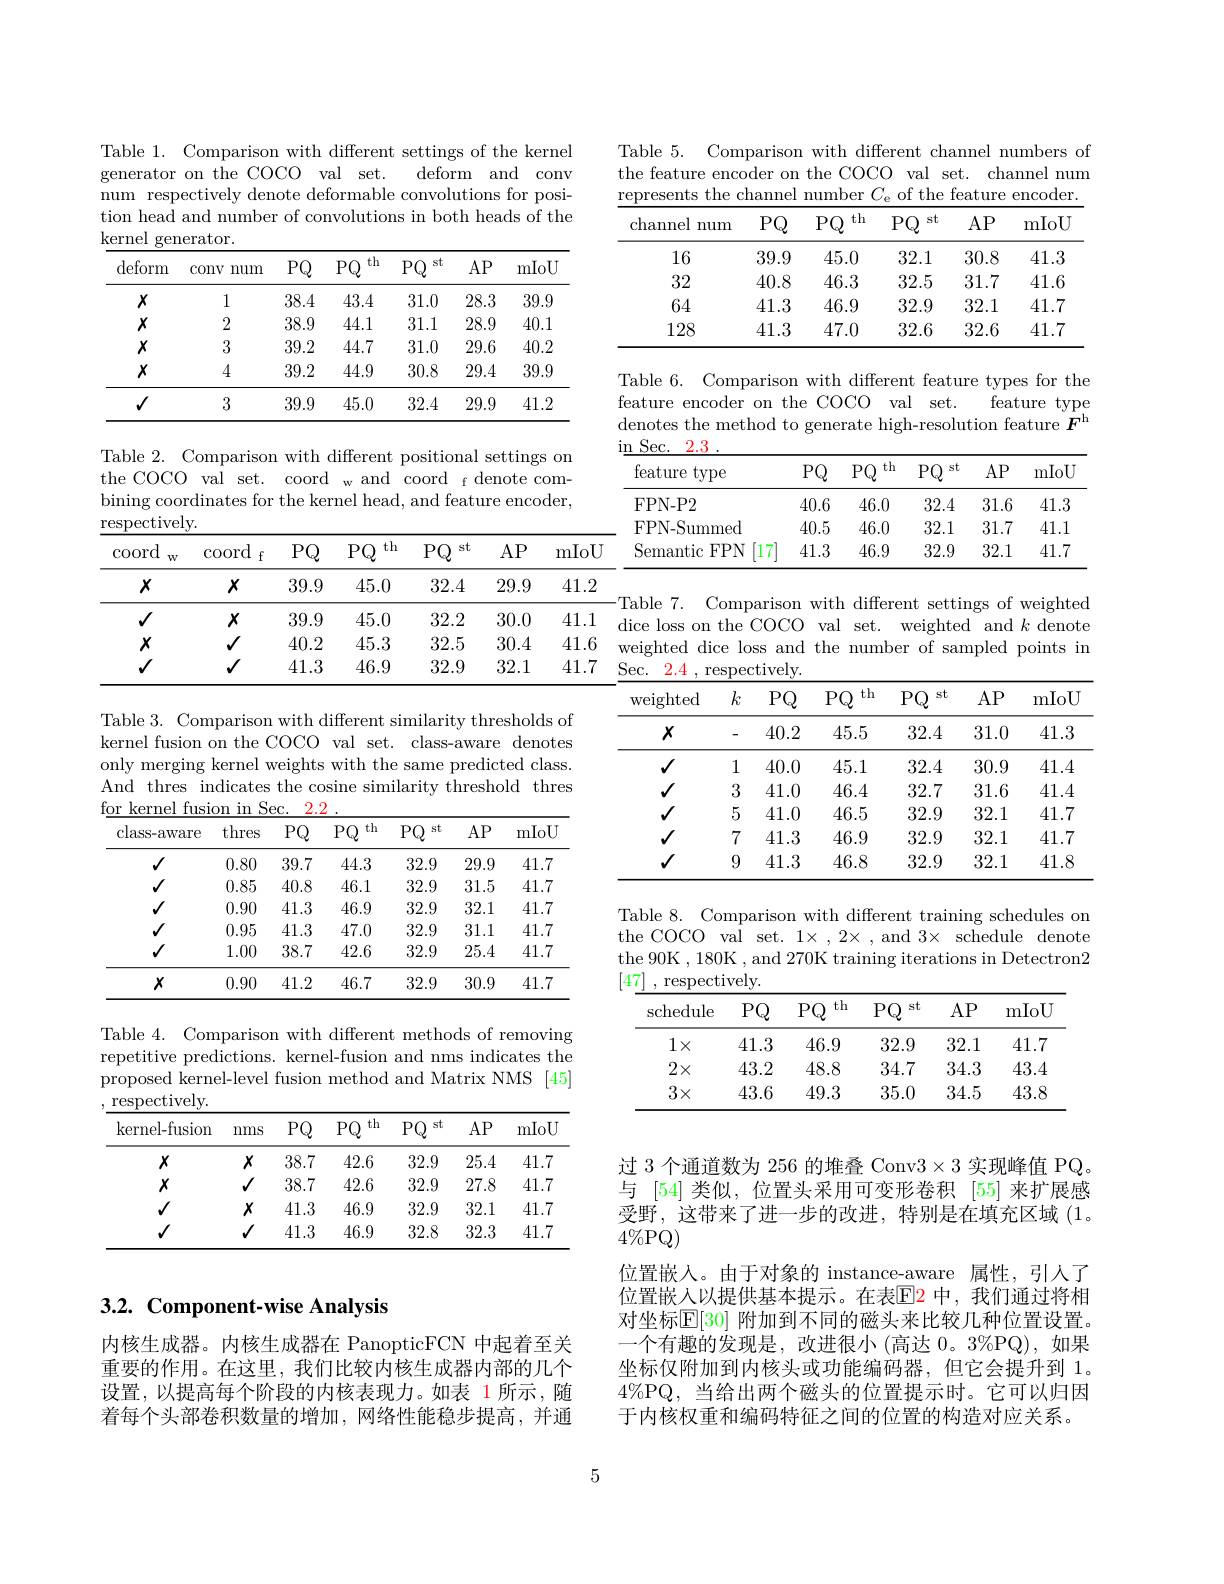
Table 1. Comparison with different settings of the kernel
$\bar{\text{deform}}$ and conv
generator on the COCO val set.
num respectively denote deformable convolutions for position head and number of convolutions in both heads of the kernel generator.

<table>
	<tbody>
		<tr>
			<th>deform</th>
			<th>conv num</th>
			<th>PQ</th>
			<th>th $PQ$</th>
			<th>$PQ$ st</th>
			<th>$AP$</th>
			<th>mIoU</th>
		</tr>
		<tr>
			<td>$X$</td>
			<td>1</td>
			<td>38.4</td>
			<td>43.4</td>
			<td>31.0</td>
			<td>28.3</td>
			<td>39.9</td>
		</tr>
		<tr>
			<td>$X$</td>
			<td>2</td>
			<td>38.9</td>
			<td>44.1</td>
			<td>31.1</td>
			<td>28.9</td>
			<td>40.1</td>
		</tr>
		<tr>
			<td>$X$</td>
			<td>3</td>
			<td>39.2</td>
			<td>44.7</td>
			<td>31.0</td>
			<td>29.6</td>
			<td>40.2</td>
		</tr>
		<tr>
			<td>$X$</td>
			<td>4</td>
			<td>39.2</td>
			<td>44.9</td>
			<td>30.8</td>
			<td>29.4</td>
			<td>39.9</td>
		</tr>
		<tr>
			<td>$√$</td>
			<td>3</td>
			<td>39.9</td>
			<td>45.0</td>
			<td>32.4</td>
			<td>29.9</td>
			<td>41.2</td>
		</tr>
	</tbody>
</table>

Table 2. Comparison with different positional settings on
<table>
	<tbody>
		<tr>
			<th colspan="7">the COCO val set. coord w and coord f denote com- bining coordinates for the kernel head, and feature encoder. $\operatorname{respectively}.$</th>
		</tr>
		<tr>
			<th>$\operatorname{coord}$ $W$</th>
			<th>coord $f$</th>
			<th>$PQ$</th>
			<th>$PQ$ th</th>
			<th>PQ st</th>
			<th>$AP$</th>
			<th>mIoU</th>
		</tr>
		<tr>
			<td>$X$</td>
			<td>$X$</td>
			<td>39.9</td>
			<td>45.0</td>
			<td>32.4</td>
			<td>29.9</td>
			<td>41.2</td>
		</tr>
		<tr>
			<td>$√$</td>
			<td>$X$</td>
			<td>39.9</td>
			<td>45.0</td>
			<td>32.2</td>
			<td>30.0</td>
			<td>41.1</td>
		</tr>
		<tr>
			<td>$X$</td>
			<td>$√$</td>
			<td>40.2</td>
			<td>45.3</td>
			<td>32.5</td>
			<td>30.4</td>
			<td>41.6</td>
		</tr>
		<tr>
			<td>$√$</td>
			<td>$\checkmark$</td>
			<td>41.3</td>
			<td>46.9</td>
			<td>32.9</td>
			<td>32.1</td>
			<td>41.7</td>
		</tr>
	</tbody>
</table>

7. Comparison with different settings of weighted
dice loss on the COCO val set. weighted and $k$ denote weighted dice loss and the number of sampled points in
2.4 , respectively.

Table 3. Comparison with different similarity thresholds of kernel fusion on the COCO val set. class-aware denotes only merging kernel weights with the same predicted class. And thres indicates the cosine similarity threshold thres for kernel fusion in Sec. 2.2

<table>
	<tbody>
		<tr>
			<th>class-aware</th>
			<th>thres</th>
			<th>$PQ$</th>
			<th>$PQ$ th</th>
			<th>$PQ$ st</th>
			<th>$AP$</th>
			<th>mIoU</th>
		</tr>
		<tr>
			<td>$√$</td>
			<td>0.80</td>
			<td>39.7</td>
			<td>44.3</td>
			<td>32.9</td>
			<td>29.9</td>
			<td>41.7</td>
		</tr>
		<tr>
			<td>$√$</td>
			<td>0.85</td>
			<td>40.8</td>
			<td>46.1</td>
			<td>32.9</td>
			<td>31.5</td>
			<td>41.7</td>
		</tr>
		<tr>
			<td>$√$</td>
			<td>0.90</td>
			<td>41.3</td>
			<td>46.9</td>
			<td>32.9</td>
			<td>32.1</td>
			<td>41.7</td>
		</tr>
		<tr>
			<td>$√$</td>
			<td>0.95</td>
			<td>41.3</td>
			<td>47.0</td>
			<td>32.9</td>
			<td>31.1</td>
			<td>41.7</td>
		</tr>
		<tr>
			<td>$√$</td>
			<td>1.00</td>
			<td>38.7</td>
			<td>42.6</td>
			<td>32.9</td>
			<td>25.4</td>
			<td>41.7</td>
		</tr>
		<tr>
			<td>$X$</td>
			<td>0.90</td>
			<td>41.2</td>
			<td>46.7</td>
			<td>32.9</td>
			<td>30.9</td>
			<td>41.7</td>
		</tr>
	</tbody>
</table>

<table>
	<tbody>
		<tr>
			<th>kernel- fusion</th>
			<th>nms</th>
			<th>$PQ$</th>
			<th>th $PQ$</th>
			<th>$PQ$ st</th>
			<th>$AP$</th>
			<th>mIoU</th>
		</tr>
		<tr>
			<td>$X$</td>
			<td>$X$</td>
			<td>38.7</td>
			<td>42.6</td>
			<td>32.9</td>
			<td>25.4</td>
			<td>41.7</td>
		</tr>
		<tr>
			<td>$X$</td>
			<td>$√$</td>
			<td>38.7</td>
			<td>42.6</td>
			<td>32.9</td>
			<td>27.8</td>
			<td>41.7</td>
		</tr>
		<tr>
			<td>$√$</td>
			<td>$X$</td>
			<td>41.3</td>
			<td>46.9</td>
			<td>32.9</td>
			<td>32.1</td>
			<td>41.7</td>
		</tr>
		<tr>
			<td>$√$</td>
			<td>$√$</td>
			<td>41.3</td>
			<td>46.9</td>
			<td>32.8</td>
			<td>32.3</td>
			<td>41.7</td>
		</tr>
	</tbody>
</table>

# 3.2. Component-wise Analysis

内核生成器。内核生成器在 PanopticFCN 中起着至关重要的作用。在这里，我们比较内核生成器内部的几个设置，以提高每个阶段的内核表现力。如表 1所示，随着每个头部卷积数量的增加，网络性能稳步提高，并通

Table 5. Comparison with different channel numbers of the feature encoder on the COCO val set. channel num represents the channel number $C_\mathrm{e}$ of the feature encoder.

<table>
	<tbody>
		<tr>
			<th>channel mum</th>
			<th>$PQ$</th>
			<th>th $PQ$</th>
			<th>PQ st</th>
			<th>$AP$</th>
			<th>mIoU</th>
		</tr>
		<tr>
			<td>16</td>
			<td>39.9</td>
			<td>45.0</td>
			<td>32.1</td>
			<td>30.8</td>
			<td>41.3</td>
		</tr>
		<tr>
			<td>32</td>
			<td>40.8</td>
			<td>46.3</td>
			<td>32.5</td>
			<td>31.7</td>
			<td>41.6</td>
		</tr>
		<tr>
			<td>64</td>
			<td>41.3</td>
			<td>46.9</td>
			<td>32.9</td>
			<td>32.1</td>
			<td>41.7</td>
		</tr>
		<tr>
			<td>128</td>
			<td>41.3</td>
			<td>47.0</td>
			<td>32.6</td>
			<td>32.6</td>
			<td>41.7</td>
		</tr>
	</tbody>
</table>

Table 6. Comparison with different feature types for the
feature encoder on the COCO val set.
feature type
denotes the method to generate high-resolution feature $F^\mathrm{h}$
in Sec. 2. 3

<table>
	<tbody>
		<tr>
			<th>feature :type 1</th>
			<th>$PQ$</th>
			<th>$PQ$ th</th>
			<th>$PQ$ st</th>
			<th>$AP$</th>
			<th>mIoU</th>
		</tr>
		<tr>
			<td>FPN- P2</td>
			<td>40.6</td>
			<td>46.0</td>
			<td>32.4</td>
			<td>31.6</td>
			<td>41.3</td>
		</tr>
		<tr>
			<td>FPN-Summed</td>
			<td>40.5</td>
			<td>46.0</td>
			<td>32.1</td>
			<td>31.7</td>
			<td>41.1</td>
		</tr>
		<tr>
			<td>Semantic $FPN$ 17</td>
			<td>41.3</td>
			<td>46.9</td>
			<td>32.9</td>
			<td>32.1</td>
			<td>41.7</td>
		</tr>
	</tbody>
</table>

<table>
	<tbody>
		<tr>
			<th>weighted</th>
			<th>$k$</th>
			<th>$PQ$</th>
			<th>$PQ$ th</th>
			<th>$PQ$ st</th>
			<th>$AP$</th>
			<th>mIoU</th>
		</tr>
		<tr>
			<td>$X$</td>
			<td>-</td>
			<td>40.2</td>
			<td>45.5</td>
			<td>32.4</td>
			<td>31.0</td>
			<td>41.3</td>
		</tr>
		<tr>
			<td>$√$</td>
			<td>1</td>
			<td>40.0</td>
			<td>45.1</td>
			<td>32.4</td>
			<td>30.9</td>
			<td>41.4</td>
		</tr>
		<tr>
			<td>$√$</td>
			<td>3</td>
			<td>41.0</td>
			<td>46.4</td>
			<td>32.7</td>
			<td>31.6</td>
			<td>41.4</td>
		</tr>
		<tr>
			<td>$√$</td>
			<td>5</td>
			<td>41.0</td>
			<td>46.5</td>
			<td>32.9</td>
			<td>32.1</td>
			<td>41.7</td>
		</tr>
		<tr>
			<td>$√$</td>
			<td>7</td>
			<td>41.3</td>
			<td>46.9</td>
			<td>32.9</td>
			<td>32.1</td>
			<td>41.7</td>
		</tr>
		<tr>
			<td>$√$</td>
			<td>9</td>
			<td>41.3</td>
			<td>46.8</td>
			<td>32.9</td>
			<td>32.1</td>
			<td>41.8</td>
		</tr>
	</tbody>
</table>

Table 8. Comparison with different training schedules on the COCO val set. $1\times,2\times$ , and $3\times$ schedule denote the 90K , 180K , and 270K training iterations in Detectron2 $[ 4\underline {7}]$ , respectively.

<table>
	<tbody>
		<tr>
			<th>$\operatorname{schedule}$</th>
			<th>$PQ$</th>
			<th>$PQ$ th</th>
			<th>$PQ$ st</th>
			<th>$AP$</th>
			<th>mIoU</th>
		</tr>
		<tr>
			<td>$1\times$</td>
			<td>41.3</td>
			<td>46.9</td>
			<td>32.9</td>
			<td>32.1</td>
			<td>41.7</td>
		</tr>
		<tr>
			<td>$2\times$</td>
			<td>43.2</td>
			<td>48.8</td>
			<td>34.7</td>
			<td>34.3</td>
			<td>43.4</td>
		</tr>
		<tr>
			<td>$3\times$</td>
			<td>43.6</td>
			<td>49.3</td>
			<td>35.0</td>
			<td>34.5</td>
			<td>43.8</td>
		</tr>
	</tbody>
</table>

过 3 个通道数为 256 的堆叠 Conv$3\times3$实现峰值 PQ。与 [54] 类似，位置头采用可变形卷积 [55] 来扩展感受野，这带来了进一步的改进，特别是在填充区域(1。$4\%$PQ)
位置嵌入。由于对象的 instance-aware 属性，引人了位置嵌入以提供基本提示。在表$\color{red}{E}\color{blue}{2}$ 中，我们通过将相对坐标$\mathbb{E}[30]$ 附加到不同的磁头来比较几种位置设置。一个有趣的发现是，改进很小(高达 0。3%PQ),如果坐标仅附加到内核头或功能编码器，但它会提升到 1。$4\%$PQ,当给出两个磁头的位置提示时。它可以归因于内核权重和编码特征之间的位置的构造对应关系。

5